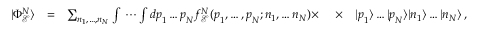
\begin{array} { r l r l r } { | \Phi _ { \mathcal E } ^ { N } \rangle } & { = } & { \sum _ { n _ { 1 } , \dots , n _ { N } } \int \, \cdots \int d \boldsymbol { p } _ { 1 } \dots \boldsymbol { p } _ { N } f _ { \mathcal E } ^ { N } ( \boldsymbol { p } _ { 1 } , \dots , \boldsymbol { p } _ { N } ; n _ { 1 } , \dots n _ { N } ) \times \ } & { \times } & { | \boldsymbol { p } _ { 1 } \rangle \dots | \boldsymbol { p } _ { N } \rangle | n _ { 1 } \rangle \dots | n _ { N } \rangle \, , } \end{array}